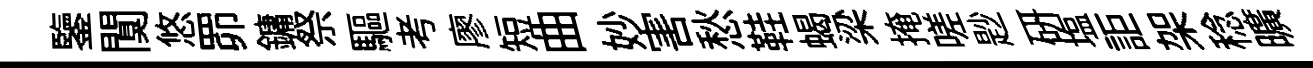
鑒闃悠𦊑鏞祭驅考廖短曲妙害愁鞋蝎梁掩嗟尟研塩詎架稔曠